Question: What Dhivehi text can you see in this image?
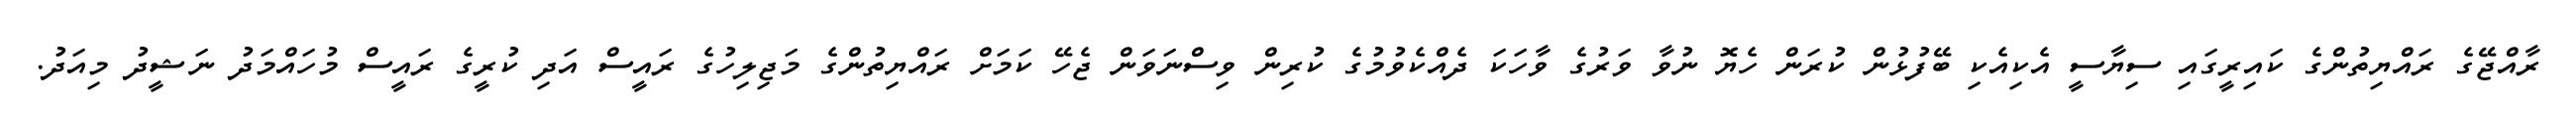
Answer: ރާއްޖޭގެ ރައްޔިތުންގެ ކައިރީގައި ސިޔާސީ އެކިއެކި ބޭފުޅުން ކުރަން ހެޔޮ ނުވާ ވަރުގެ ވާހަކަ ދެއްކެވުމުގެ ކުރިން ވިސްނަވަން ޖެހޭ ކަމަށް ރައްޔިތުންގެ މަޖިލިހުގެ ރައީސް އަދި ކުރީގެ ރައީސް މުހައްމަދު ނަޝީދު މިއަދު.